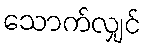
သောက်လျှင်